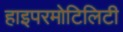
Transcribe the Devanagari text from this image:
हाइपरमोटिलिटी